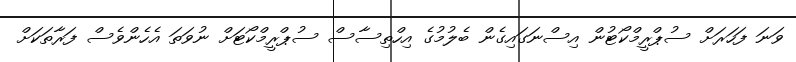
ވަނަ ފަހަރަށް ސުޕްރީމްކޯޓުން އިސްނަގައިގެން ބެލުމުގެ އިހްތިސާސް ސުޕްރީމްކޯޓަށް ނުވަތަ އެހެންވެސް ފަރާތަކަށް